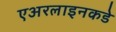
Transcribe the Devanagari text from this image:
एअरलाइनकडे